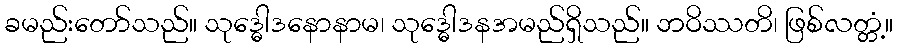
ခမည်းတော်သည်။ သုဒ္ဓေါဒနောနာမ၊ သုဒ္ဓေါဒနအမည်ရှိသည်။ ဘဝိဿတိ၊ ဖြစ်လတ္တံ့။